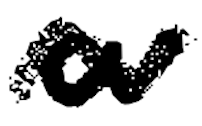
Text: a
Cross-out: wave
Writing tool: digital_black